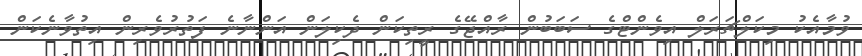
ވުމާއެކު މިކަލްޗަރަލް އިވެންޓްގެ ސަބަބުން ރާއްޖޭގެ ރީތިކަން ދެކިލަން އަންނާނެ ފަތުރުވެރިން އިތުވާނެކަން